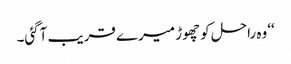
‘‘وہ راحل کو چھوڑ میرے قریب آگئی۔